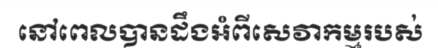
នៅពេលបានដឹងអំពីសេវាកម្មរបស់